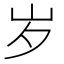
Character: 岁